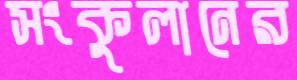
সংকুলানের